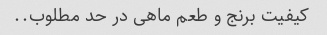
کیفیت برنج و طعم ماهی در حد مطلوب..